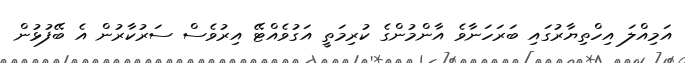
އަމިއްލަ އިހްތިޔާރުގައި ބަރަހަނާވެ އާންމުންގެ ކުރިމަތީ އަގުވެއްޓޭ އިރުވެސް ސަރުކާރުން އެ ބޭފުޅުން